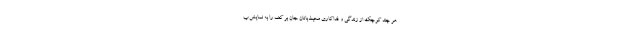
هر چند کوچک از زندگی و فداکاری محیط‌بانان جان بر کف را به نمایش ب